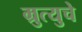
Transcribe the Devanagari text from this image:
म्रुत्युचे